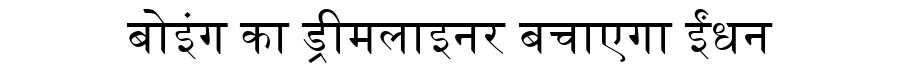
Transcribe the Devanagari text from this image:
बोइंग का ड्रीमलाइनर बचाएगा ईंधन